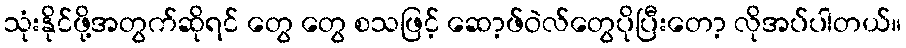
သုံးနိုင်ဖို့အတွက်ဆိုရင် တွေ တွေ စသဖြင့် ဆော့ဖ်ဝဲလ်တွေပိုပြီးတော့ လိုအပ်ပါတယ်။